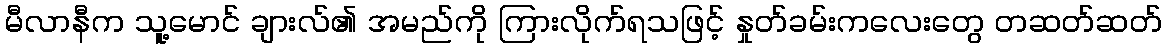
မီလာနီက သူ့မောင် ချားလ်၏ အမည်ကို ကြားလိုက်ရသဖြင့် နှုတ်ခမ်းကလေးတွေ တဆတ်ဆတ်